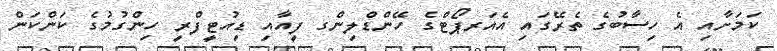
ކަމަށާއި އެ ހިސާބުގެ ތެރޭގައި އެއަރޕޯޓްގެ ހޭންޑްލިންގ ފީއާއި ޑިއުޓީފްރީ ހިންގުމުގެ ކަންކަން